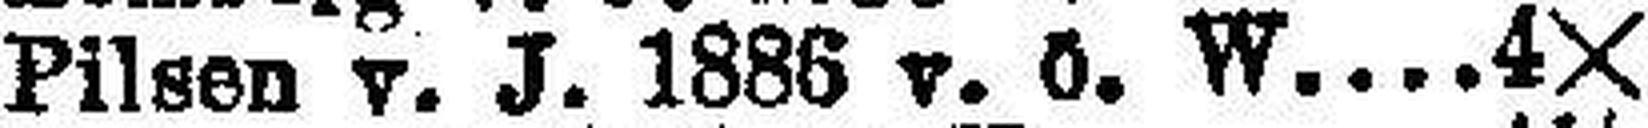
Pilsen v. J. 1888 v. ö. W. 4X